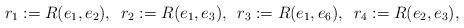
LaTeX: \begin{align*}r_1 := R(e_1,e_2), \enskip r_2 := R(e_1,e_3), \enskip r_3 := R(e_1,e_6),\enskip r_4 := R(e_2,e_3),\end{align*}